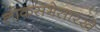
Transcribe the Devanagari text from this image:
लोकसभेसारखे